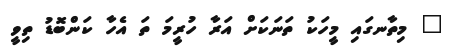
? މިތާނގައި މީހަކު ތަނަކަށް އަރާ ހުރީމަ ތަ އެހާ ކަންބޮޑު ތިވީ